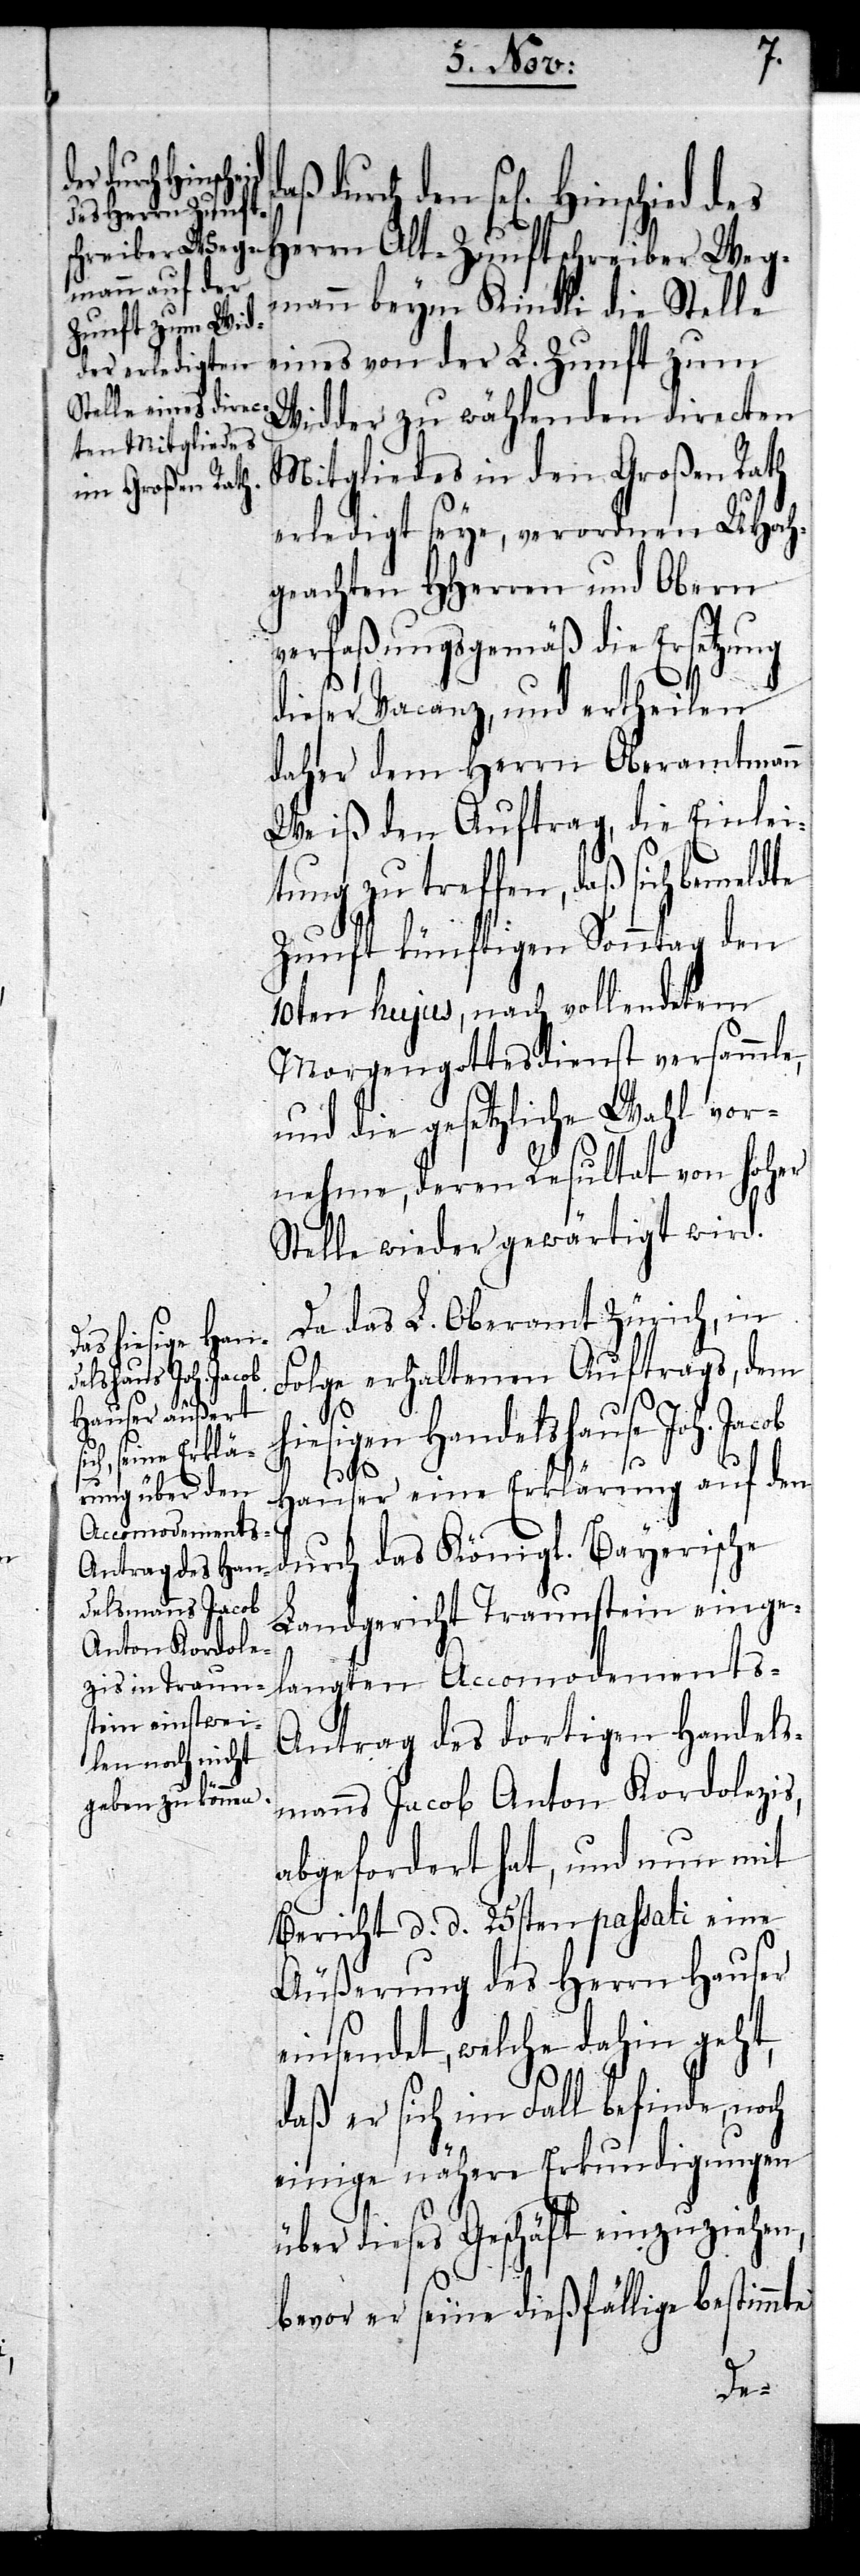
Herrn Alt-Zunftschreiber Weg¬
mann beym Kindli die Stelle
eines von der L. Zunft zum
Wider zu wählenden directen
Mitgliedes in den Großen Rath
erledigt seye, verordnen UHoch¬
geachten HHerren und Obern
verfaßungsgemäß die Ersetzung
dieser Vacanz, und ertheilen
daher dem Herrn Oberamtmann
Weiß den Auftrag, die Einlei¬
tung zu treffen, daß sich bemeldte
Zunft künftigen Sonntag den
10ten hujus, nach vollendetem
Morgengottesdienst versammle,
und die gesetzliche Wahl vor¬
nehme, deren Resultat von Hoher
Stelle wieder gewärtigt wird.
Da das L. Oberamt Zürich, in
Folge erhaltenen Auftrags, dem
hiesigen Handelshause Joh. Jacob
durch
H¬
des
auser eine Erklärung auf den
durch das Königl. Bayerische
Landgericht Traunstein einge¬
langten Accomodements-A¬
ntrag des dortigen Handels¬
manns Jacob Anton Kordolezis,
abgefordert hat, und nun mit
Bericht d. d. 25sten passati eine
Äußerung des Herrn Hauser
einsendet, welche dahin geht,
daß er sich im Fall befinde, noch
einige nähere Erkundigungen
über dieses Geschäft einzuziehen,
bevor er seine dießfällige bestimmte